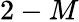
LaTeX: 2-M